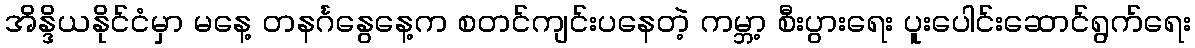
အိန္ဒိယနိုင်ငံမှာ မနေ့ တနင်္ဂနွေနေ့က စတင်ကျင်းပနေတဲ့ ကမ္ဘာ့ စီးပွားရေး ပူးပေါင်းဆောင်ရွက်ရေး